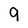
Character: 9